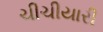
ચીચીયારી